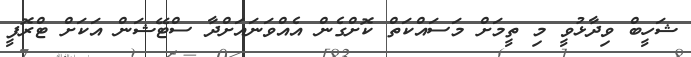
ޝަހީބް ވިދާޅުވީ މި ތީމަށް މަސައްކަތް ކޮށްގެން އެއްވަނައަށްދާ ސްޓޭޝަން އަކަށް ޓްރޮފީ